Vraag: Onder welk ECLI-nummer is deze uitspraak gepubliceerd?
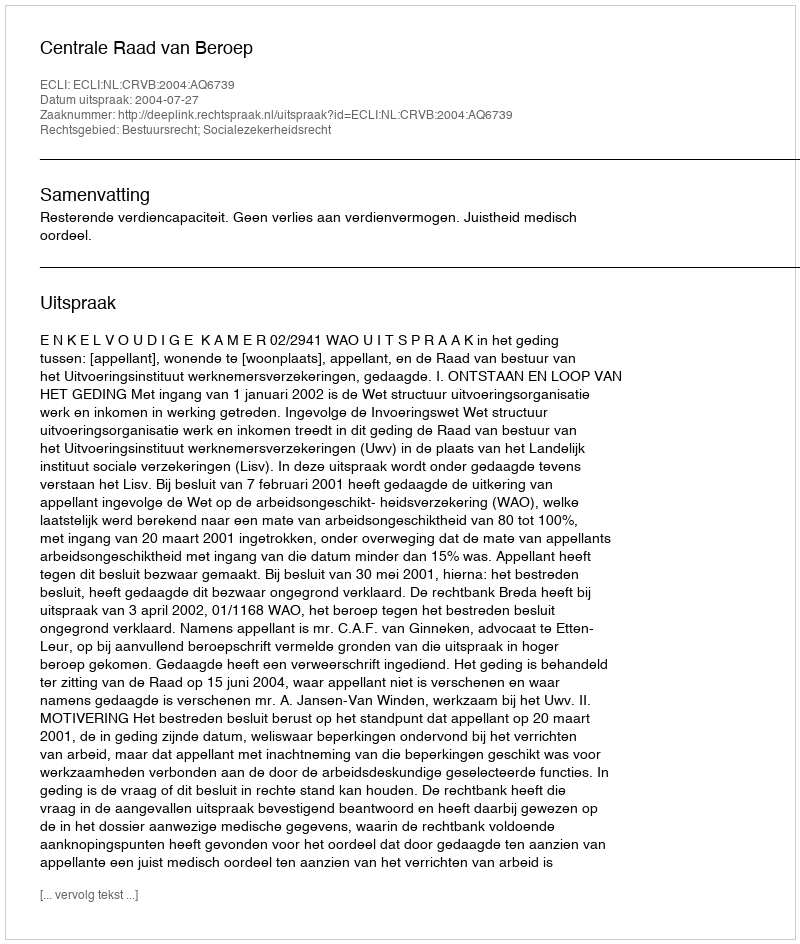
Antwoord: ECLI:NL:CRVB:2004:AQ6739